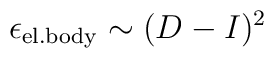
\epsilon_{\mathrm{el. body}} \sim (D-I)^2